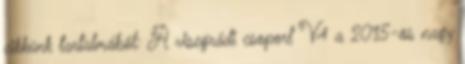
cikkünk tartalmából: A visegrádi csoport V4 a 2015-ös nagy